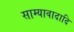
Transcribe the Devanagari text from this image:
साम्यावादादि